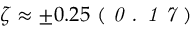
\zeta \approx \pm 0 . 2 5 \ ( \textit { 0 . 1 7 } )